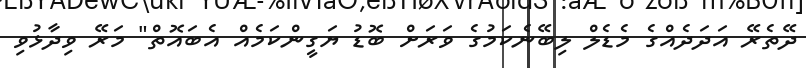
ދޭތެރޭ އަދަދެއްގެ މެޑެލް ލިބޭނެކަމުގެ ވަަރަށް ބޮޑު ޔަގީންކަމެއް އެބައޮތް" މަރޭ ވިދާޅުވި